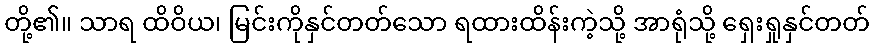
တို့၏။ သာရ ထိဝိယ၊ မြင်းကိုနှင်တတ်သော ရထားထိန်းကဲ့သို့ အာရုံသို့ ရှေးရှုနှင်တတ်